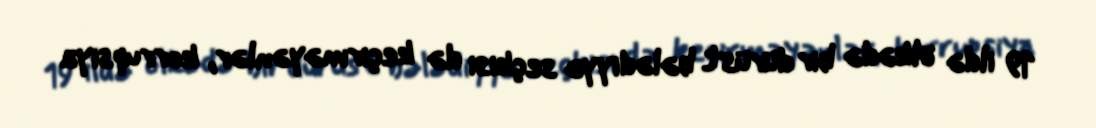
19 ildə ölkədə bir dürüst bələdiyyə seçkisi də keçirməyənlər, korrupsiya